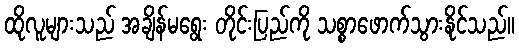
ထိုလူများသည် အချိန်မရွေး တိုင်းပြည်ကို သစ္စာဖောက်သွားနိုင်သည်။